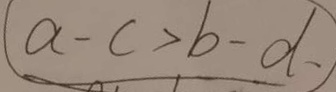
( a - c > b - d 、 )